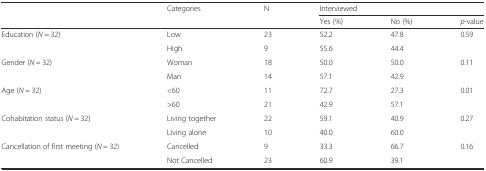
<table><thead><tr><td></td><td><b>Categories</b></td><td><b>N</b></td><td colspan="3"><b>Interviewed</b></td></tr><tr><td></td><td></td><td></td><td><b>Yes (%)</b></td><td><b>No (%)</b></td><td><b><i>p</i>-value</b></td></tr></thead><tbody><tr><td rowspan="2">Education (<i>N</i> = 32)</td><td>Low</td><td>23</td><td>52.2</td><td>47.8</td><td rowspan="2">0.59</td></tr><tr><td>High</td><td>9</td><td>55.6</td><td>44.4</td></tr><tr><td rowspan="2">Gender (<i>N</i> = 32)</td><td>Woman</td><td>18</td><td>50.0</td><td>50.0</td><td rowspan="2">0.11</td></tr><tr><td>Man</td><td>14</td><td>57.1</td><td>42.9</td></tr><tr><td rowspan="2">Age (<i>N</i> = 32)</td><td>&lt;60</td><td>11</td><td>72.7</td><td>27.3</td><td rowspan="2">0.01</td></tr><tr><td>&gt;60</td><td>21</td><td>42.9</td><td>57.1</td></tr><tr><td rowspan="2">Cohabitation status (<i>N</i> = 32)</td><td>Living together</td><td>22</td><td>59.1</td><td>40.9</td><td rowspan="2">0.27</td></tr><tr><td>Living alone</td><td>10</td><td>40.0</td><td>60.0</td></tr><tr><td rowspan="2">Cancellation of first meeting (<i>N</i> = 32)</td><td>Cancelled</td><td>9</td><td>33.3</td><td>66.7</td><td rowspan="2">0.16</td></tr><tr><td>Not Cancelled</td><td>23</td><td>60.9</td><td>39.1</td></tr></tbody></table>